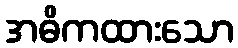
အဓိကထားသော